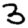
Digit: 3